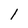
Character: l